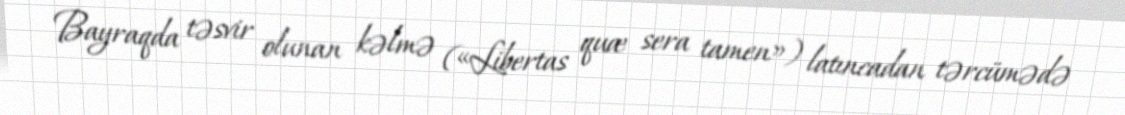
Bayraqda təsvir olunan kəlmə («Libertas quæ sera tamen») latıncadan tərcümədə